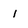
Character: 1